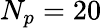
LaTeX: N_{p}=20